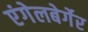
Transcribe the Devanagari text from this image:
एंगेलबेर्गेर